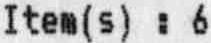
ITEM(S) : 6